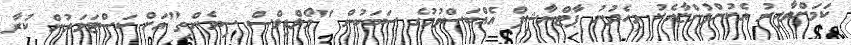
ކަމަށްވާއިރު އެކުންފުންޏާއެކު މިހެދުނު ޕާޓްނާޝިޕް އެއްބަސްވުމުގެ ސަބަބުން "މޯލްޑިވްސް ސިމެންތި"އަށް ކަސްޓަމަރުން ކުރާ